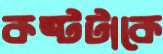
কষ্টটাকে